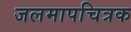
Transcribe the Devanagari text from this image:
जलमापचित्रक